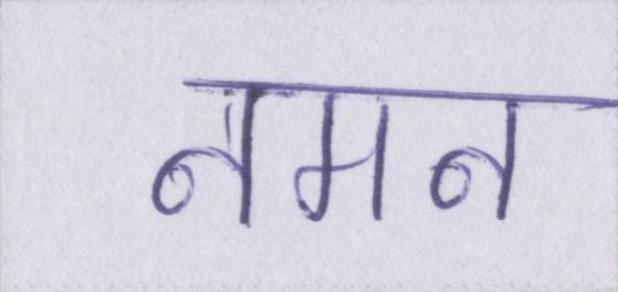
नमन